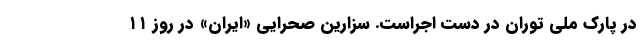
در پارک ملی توران در دست اجراست. سزارین صحرایی «ایران» در روز ۱۱